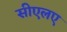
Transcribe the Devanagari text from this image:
सीएलए